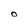
Character: O